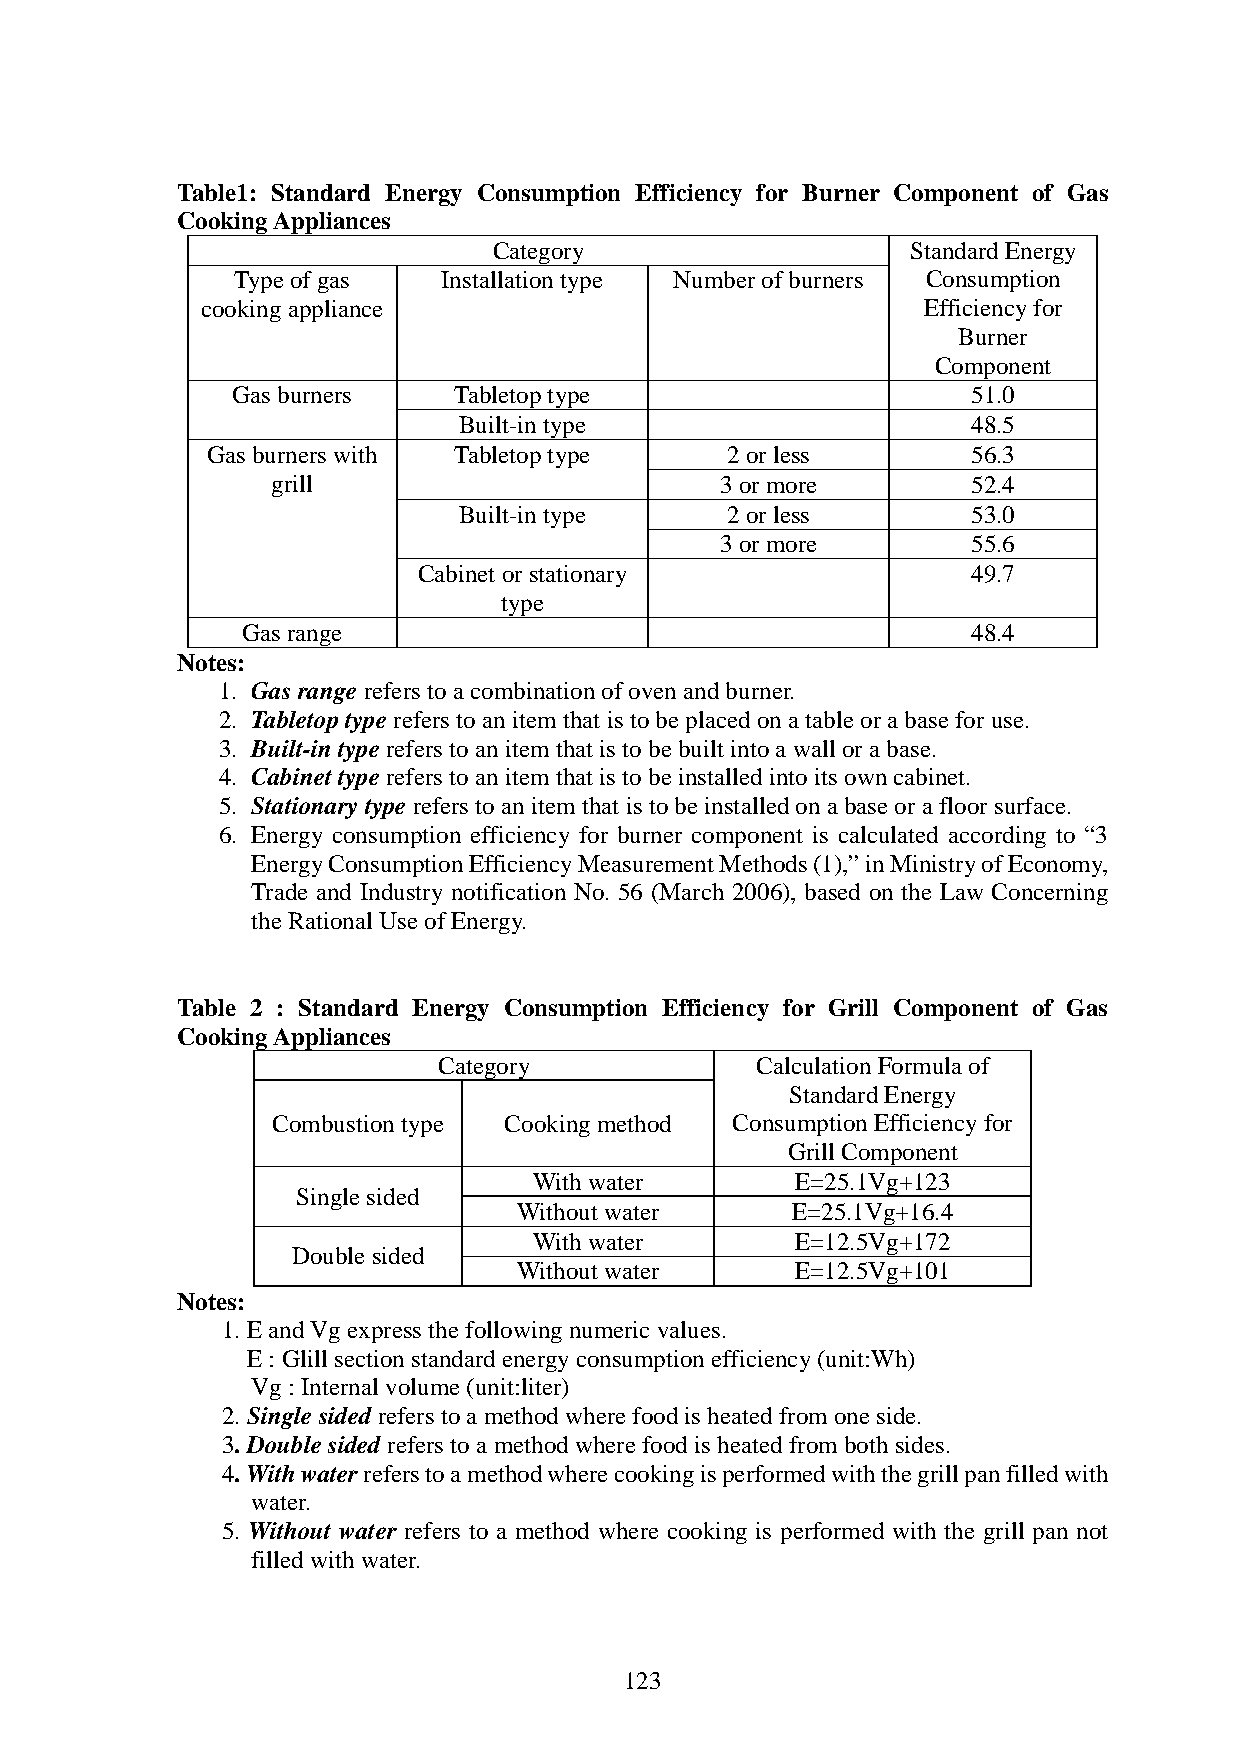
Table1: Standard Energy Consumption Efficiency for Burner Component of Gas
 Cooking Appliances
 Category                   Standard Energy
 Type of gas   Installation type Number of burners Consumption
 cooking appliance                               Efficiency for
 Burner
 Component
 Gas burners    Tabletop type                     51.0
 Built-in type                     48.5
 Gas burners with Tabletop type    2 or less       56.3
 grill                         3 or more       52.4
 Built-in type     2 or less       53.0
 3 or more       55.6
 Cabinet or stationary               49.7
 type
 Gas range                                       48.4
 Notes:
 1. Gas range refers to a combination of oven and burner.
 2. Tabletop type refers to an item that is to be placed on a table or a base for use.
 3. Built-in type refers to an item that is to be built into a wall or a base.
 4. Cabinet type refers to an item that is to be installed into its own cabinet.
 5. Stationary type refers to an item that is to be installed on a base or a floor surface.
 6. Energy consumption efficiency for burner component is calculated according to “3
 Energy Consumption Efficiency Measurement Methods (1),” in Ministry of Economy,
 Trade and Industry notification No. 56 (March 2006), based on the Law Concerning
 the Rational Use of Energy.
 Table 2 : Standard Energy Consumption Efficiency for Grill Component of Gas
 Cooking Appliances
 Category             Calculation Formula of
 Standard Energy
 Combustion type Cooking method Consumption Efficiency for
 Grill Component
 With water        E=25.1Vg+123
 Single sided
 Without water     E=25.1Vg+16.4
 With water        E=12.5Vg+172
 Double sided
 Without water      E=12.5Vg+101
 Notes:
 1. E and Vg express the following numeric values.
 E : Glill section standard energy consumption efficiency (unit:Wh)
 Vg : Internal volume (unit:liter)
 2. Single sided refers to a method where food is heated from one side.
 3. Double sided refers to a method where food is heated from both sides.
 4. With water refers to a method where cooking is performed with the grill pan filled with
 water.
 5. Without water refers to a method where cooking is performed with the grill pan not
 filled with water.
 123